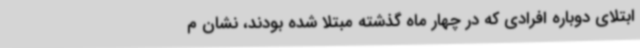
ابتلای دوباره افرادی که در چهار ماه گذشته مبتلا شده بودند، نشان م